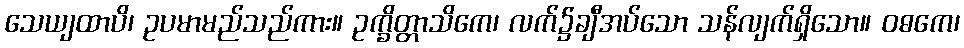
သေယျထာပိ၊ ဥပမာမည်သည်ကား။ ဥက္ခိတ္တာသိကေ၊ လက်၌ချီအပ်သော သန်လျက်ရှိသော။ ဝဓကေ၊